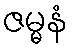
ဇမ္မနံ